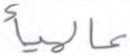
عالميأ